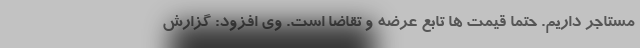
مستاجر داریم. حتما قیمت ها تابع عرضه و تقاضا است. وی افزود: گزارش